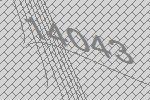
14043